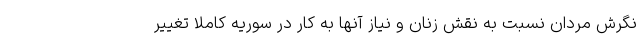
نگرش مردان نسبت به نقش زنان و نیاز آنها به کار در سوریه کاملا تغییر